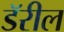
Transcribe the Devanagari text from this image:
डॅरील